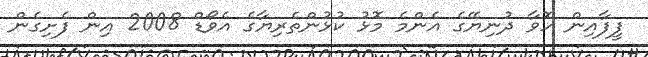
ފީފާއިން ހޮވާ ދުނިޔޭގެ އެންމެ މޮޅު ކުޅުންތެރިޔާގެ އެވޯޑް 2008 އިން ފެށިގެން